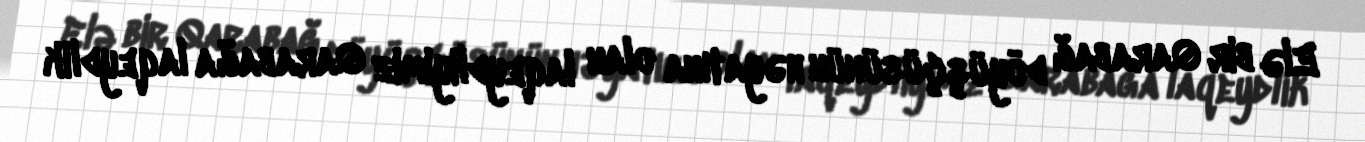
Elə bir Qarabağ döyüşçüsünün həyatına olan laqeydliyimiz Qarabağa laqeydlik